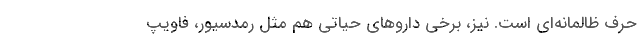
حرف ظالمانه‌ای است. نیز، برخی داروهای حیاتی هم مثل رمدسیور، فاویپ